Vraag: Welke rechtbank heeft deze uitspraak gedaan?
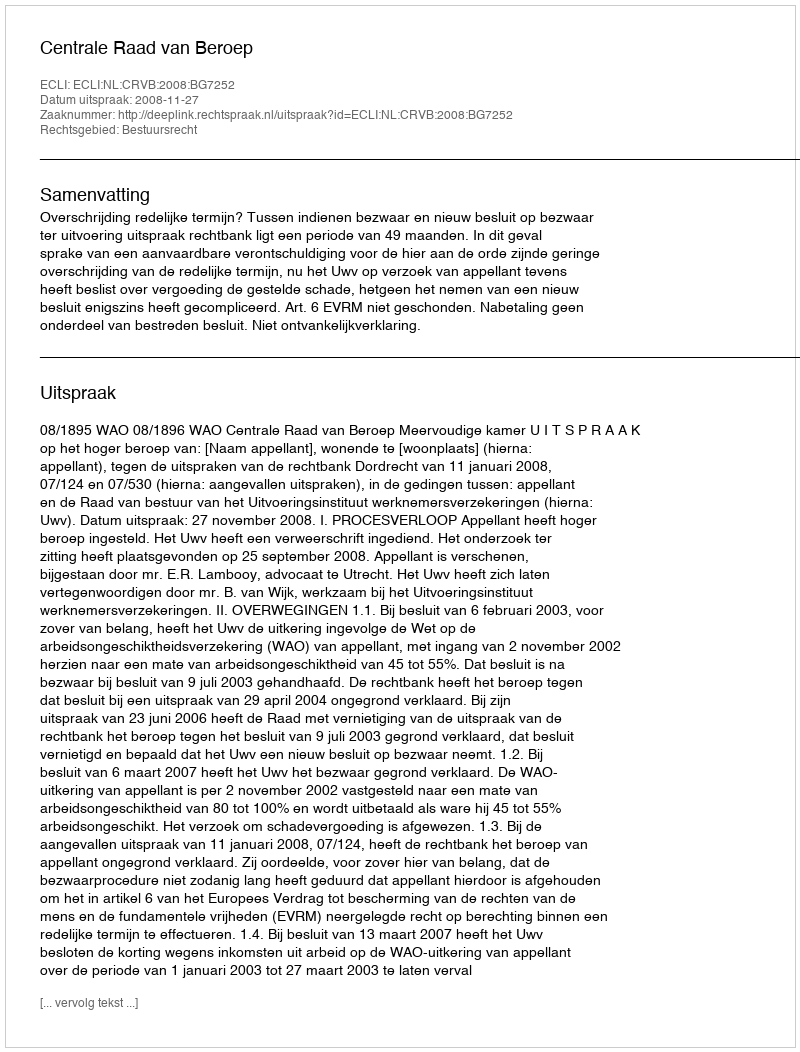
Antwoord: Centrale Raad van Beroep